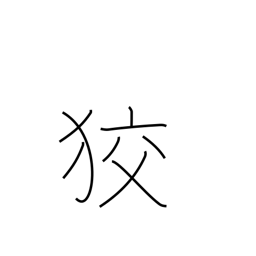
Meaning: crafty